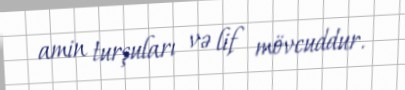
amin turşuları və lif mövcuddur.